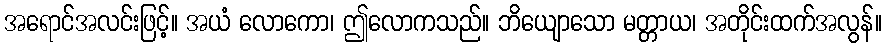
အရောင်အလင်းဖြင့်။ အယံ လောကော၊ ဤလောကသည်။ ဘိယျောသော မတ္တာယ၊ အတိုင်းထက်အလွန်။